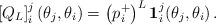
LaTeX: \begin{align*}\left[ Q_{L}\right] _{i}^{j}(\theta _{j},\theta _{i})=\left(p_{i}^{+}\right) ^{L}\mathbf{1}_{i}^{j}(\theta _{j},\theta _{i})\,.\end{align*}